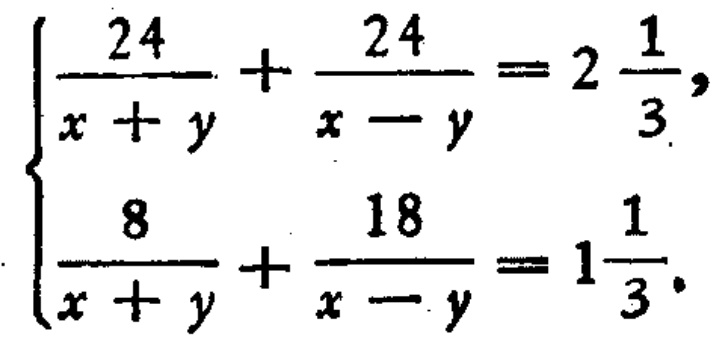
\[\begin{cases}
\frac{24}{x + y}+\frac{24}{x - y}=2\frac{1}{3},\\
\frac{8}{x + y}+\frac{18}{x - y}=1\frac{1}{3}.
\end{cases}\]